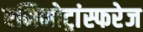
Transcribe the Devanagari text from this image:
एमिनोट्रांस्फरेज